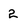
Character: 2